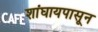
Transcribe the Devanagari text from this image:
शांघायपासून